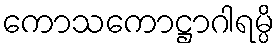
ကောသကောဋ္ဌာဂါရမ္ပိ